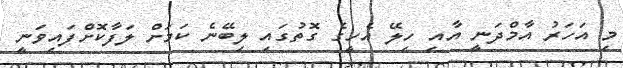
މި އަހަރު އާމްދަނީ އާއި ހިލޭ އެހީގެ ގޮތުގައި ލިބޭނެ ކަމަށް ލަފާކޮށްފައިވަނީ